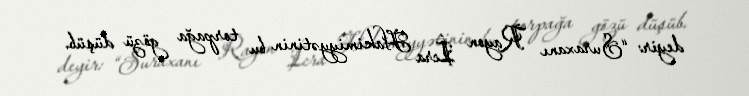
deyir: “Suraxanı Rayon İcra Hakimiyyətinin bu torpağa gözü düşüb.